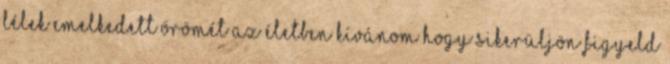
Lélek Emelkedett Örömét az Életben Kívánom hogy sikerüljön Figyeld